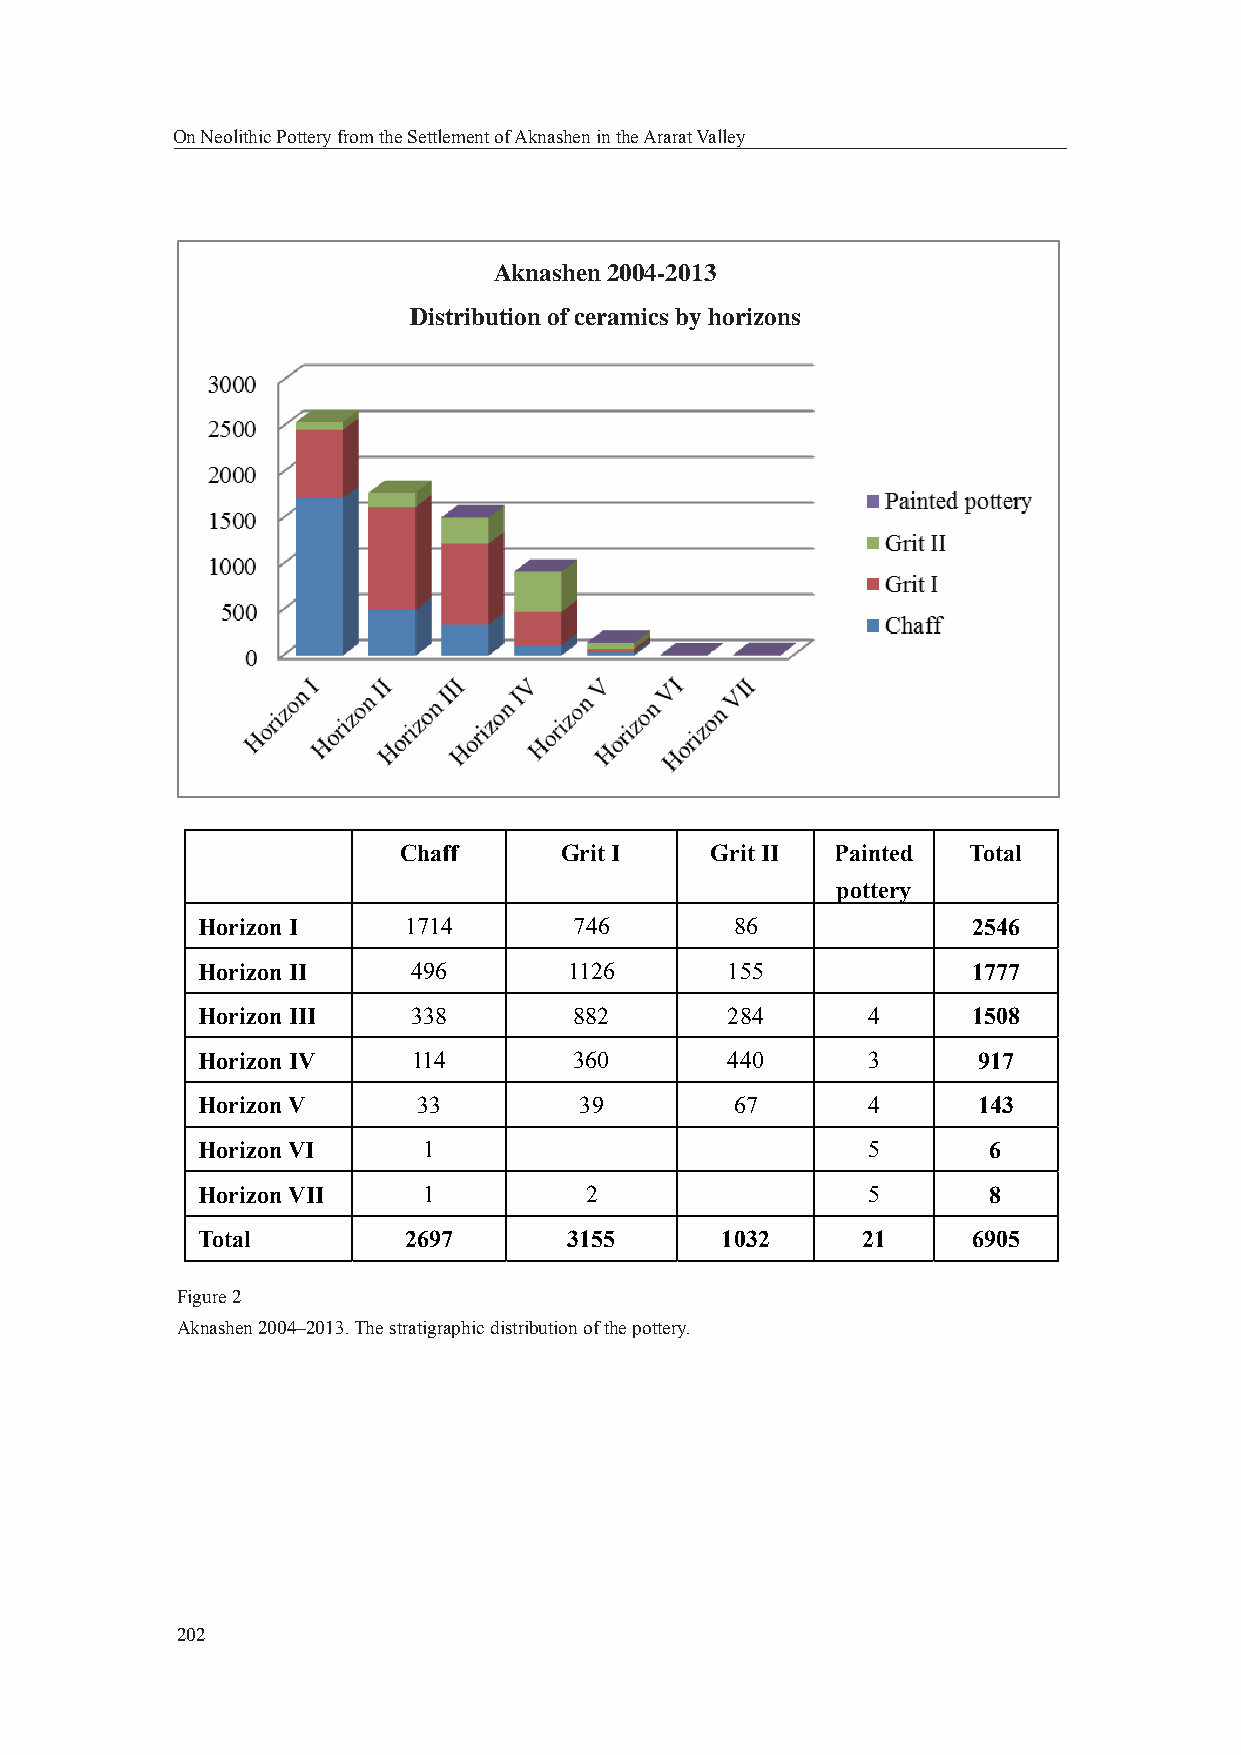
On Neolithic Pottery from the Settlement of Aknashen in the Ararat Valley
 Aknashen 2004-2013
 Distribution of ceramics by horizons
 Chaff      Grit I    Grit II Painted  Total
 pottery
 Horizon I     1714       746        86             2546
 Horizon II    496        1126      155             1777
 Horizon III   338        882       284      4      1508
 Horizon IV    114        360       440      3       917
 Horizon V      33        39         67      4       143
 Horizon VI     1                            5       6
 Horizon VII    1          2                 5       8
 Total         2697       3155      1032     21     6905
 Figure 2
 Aknashen 2004–2013. The stratigraphic distribution of the pottery.
 202